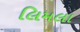
લિમલા